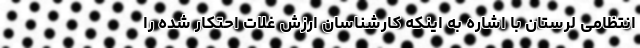
انتظامی لرستان با اشاره به اینکه کارشناسان ارزش غلات احتکار شده را